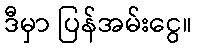
ဒီမှာ ပြန်အမ်းငွေ။